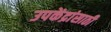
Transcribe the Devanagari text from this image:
उपकेंद्रांसाठी